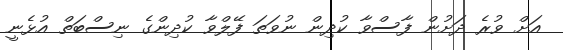
އަށް ވުރެ ދަށުން ފާސްވާ ކުދިން ނުވަތަ ފޭލްވާ ކުދިންގެ ނިސްބަތް އުޅެނީ